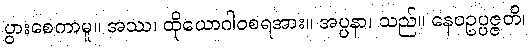
ပွားစေကာမူ။ အဿ၊ ထိုယောဂါဝစရအား။ အပ္ပနာ၊ သည်။ နေဝဥပ္ပဇ္ဇတိ၊